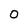
Character: 0